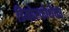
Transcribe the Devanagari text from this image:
डिमोरफोथेका